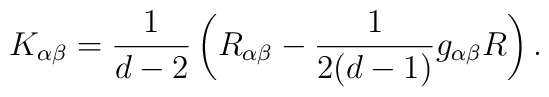
K_{\alpha \beta} = \frac{1}{d-2} \, \bigg( R_{\alpha \beta} -\frac{1}{2(d-1)} g_{\alpha \beta} R \bigg) \, .